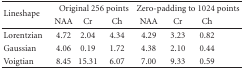
| <ROWSPAN=2> Lineshape | <COLSPAN=3> Original 256 points | <COLSPAN=3> Zero-padding to 1024 points |
 | NAA | Cr | Ch | NAA | Cr | Ch |
 | --- | --- | --- | --- | --- | --- | --- |
 | Lorentzian | 4.72 | 2.04 | 4.34 | 4.29 | 3.23 | 0.82 |
 | Gaussian | 4.06 | 0.19 | 1.72 | 4.38 | 2.10 | 0.44 |
 | Voigtian | 8.45 | 15.31 | 6.07 | 7.00 | 9.33 | 0.59 |